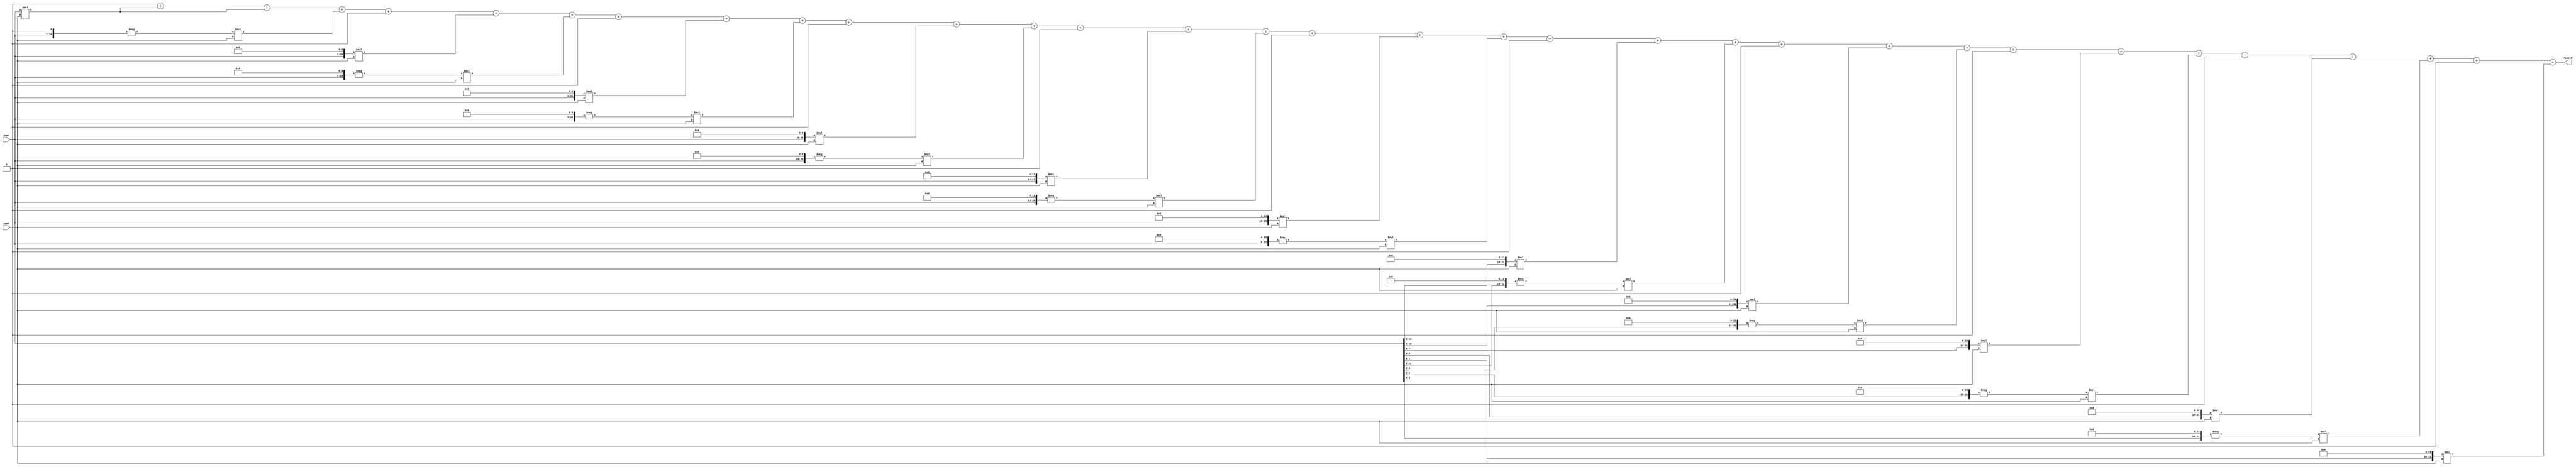
module BaughWooleyMultiplier (
    input signed [15:0] num1,
    input signed [15:0] num2,
    output signed [31:0] result
);

    reg signed [31:0] partial_product [31:0];
    reg signed [31:0] accumulator;

    integer i;

    always @(*) begin
        partial_product[0] = num1 * num2;
        
        for (i = 1; i < 32; i = i + 1) begin
            if (i % 3 == 0) begin
                partial_product[i] = 0;
            end else if (i % 3 == 1) begin
                partial_product[i] = (num1 << (i-1)) * num2;
            end else begin
                partial_product[i] = - (num1 << (i-1)) * num2;
            end
        end
    
        accumulator = 0;
        for (i = 0; i < 32; i = i + 1) begin
            accumulator = accumulator + partial_product[i];
        end
    end

    assign result = accumulator;

endmodule